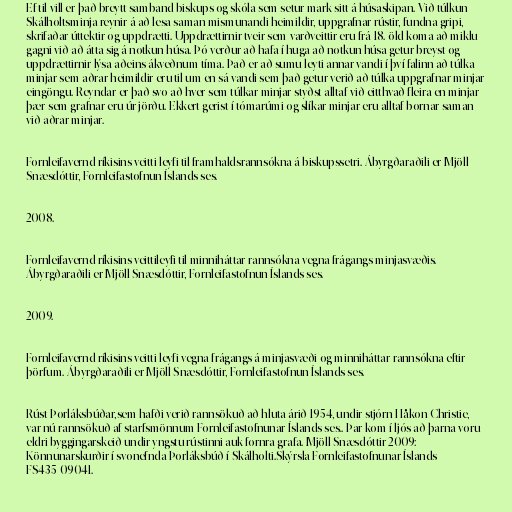
Ef til vill er það breytt samband biskups og skóla sem setur mark sitt á húsaskipan. Við túlkun
Skálholtsminja reynir á að lesa saman mismunandi heimildir, uppgrafnar rústir, fundna gripi,
skrifaðar úttektir og uppdrætti. Uppdrættirnir tveir sem varðveittir eru frá 18. öld koma að miklu
gagni við að átta sig á notkun húsa. Þó verður að hafa í huga að notkun húsa getur breyst og
uppdrættirnir lýsa aðeins ákveðnum tíma. Það er að sumu leyti annar vandi í því falinn að túlka
minjar sem aðrar heimildir eru til um en sá vandi sem það getur verið að túlka uppgrafnar minjar
eingöngu. Reyndar er það svo að hver sem túlkar minjar styðst alltaf við eitthvað fleira en minjar
þær sem grafnar eru úr jörðu. Ekkert gerist í tómarúmi og slíkar minjar eru alltaf bornar saman
við aðrar minjar.

Fornleifavernd ríkisins veitti leyfi til framhaldsrannsókna á biskupssetri. Ábyrgðaraðili er Mjöll
Snæsdóttir, Fornleifastofnun Íslands ses.

2008.

Fornleifavernd ríkisins veittileyfi til minniháttar rannsókna vegna frágangs minjasvæðis.
Ábyrgðaraðili er Mjöll Snæsdóttir, Fornleifastofnun Íslands ses.

2009.

Fornleifavernd ríkisins veitti leyfi vegna frágangs á minjasvæði og minniháttar rannsókna eftir
þörfum. Ábyrgðaraðili er Mjöll Snæsdóttir, Fornleifastofnun Íslands ses.

Rúst Þorláksbúðar,sem hafði verið rannsökuð að hluta árið 1954, undir stjórn Håkon Christie,
var nú rannsökuð af starfsmönnum Fornleifastofnunar Íslands ses.. Þar kom í ljós að þarna voru
eldri byggingarskeið undir yngstu rústinni auk fornra grafa. Mjöll Snæsdóttir 2009:
Könnunarskurðir í svonefnda Þorláksbúð í Skálholti.Skýrsla Fornleifastofnunar Íslands
FS435-09041.